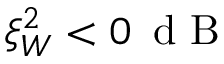
\xi _ { W } ^ { 2 } < 0 \, \mathrm { ~ d ~ B ~ }